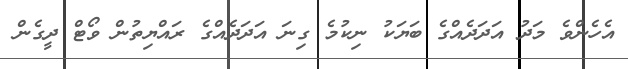
އެހެންވެ މަދު އަދަދެއްގެ ބަޔަކު ނިކުމެ ގިނަ އަދަދެއްގެ ރައްޔިތުން ވޯޓް ދީގެން